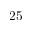
2 5